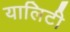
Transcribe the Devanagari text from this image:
यालिटी